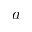
a